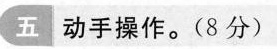
五动手操作。(8分)